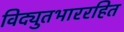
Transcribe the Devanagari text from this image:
विद्युतभाररहित